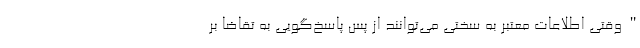
"وقتی اطلاعات معتبر به سختی می‌توانند از پس پاسخ‌گویی به تقاضا بر